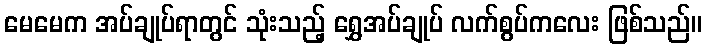
မေမေက အပ်ချုပ်ရာတွင် သုံးသည့် ရွှေအပ်ချုပ် လက်စွပ်ကလေး ဖြစ်သည်။